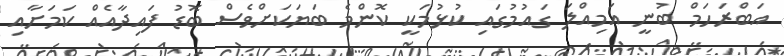
އަބްރަހަމް ބުނީ އަމިއްލަ ގައުމުގައި ކުޅުމަކީ ކޮންމެ ބަޔަކަށްވެސް ބޮޑު ފައިދާއެއް ކަމަށާއި